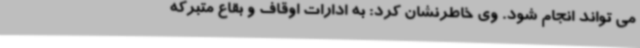
می تواند انجام شود. وی خاطرنشان کرد: به ادارات اوقاف و بقاع متبرکه